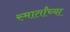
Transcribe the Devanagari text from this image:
स्मार्तांच्या